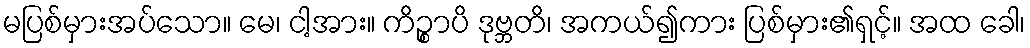
မပြစ်မှားအပ်သော။ မေ၊ ငါ့အား။ ကိဉ္စာပိ ဒုဗ္ဘတိ၊ အကယ်၍ကား ပြစ်မှား၏ရှင့်။ အထ ခေါ၊